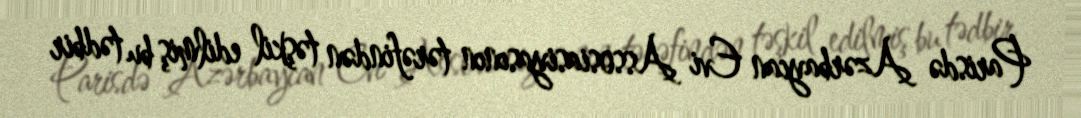
Parisdə Azərbaycan Evi Assosiasiyasının tərəfindən təşkil edilmiş bu tədbir